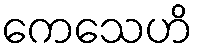
ကေသေဟိ